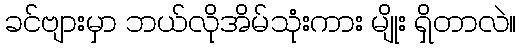
ခင်ဗျားမှာ ဘယ်လိုအိမ်သုံးကား မျိုး ရှိတာလဲ။